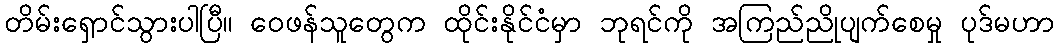
တိမ်းရှောင်သွားပါပြီ၊၊ ဝေဖန်သူတွေက ထိုင်းနိုင်ငံမှာ ဘုရင်ကို အကြည်ညိုပျက်စေမှု ပုဒ်မဟာ